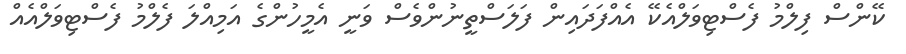
ކޭންސް ފިލްމު ފެސްޓިވަލްއެކޭ އެއްފަދައިން ފަލަސްތީނުންވެސް ވަނީ އެމީހުންގެ އަމިއްލަ ފެލްމު ފެސްޓިވަލްއެއް